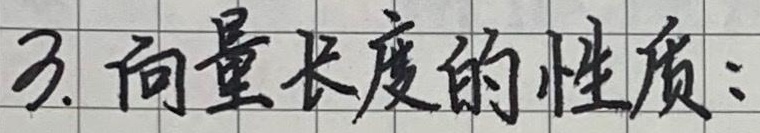
3. 向量长度的性质：